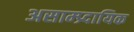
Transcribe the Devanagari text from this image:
असाम्प्र्दायिक